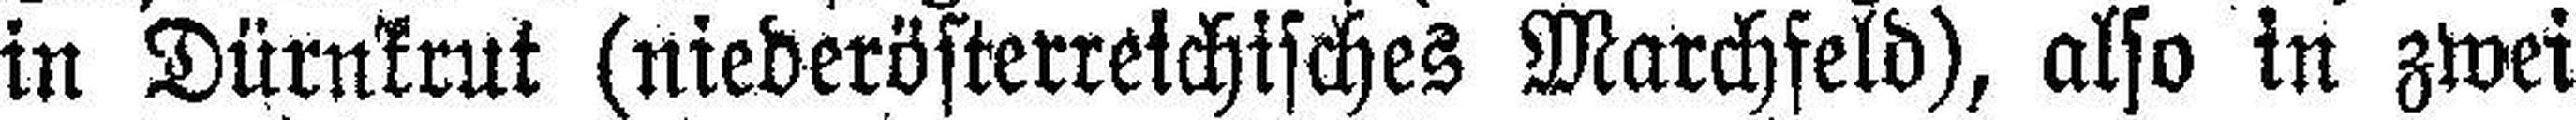
in Dürnkrut (niederösterreichisches Marchfeld), also in zwei